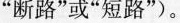
”断路”或”短路”)。